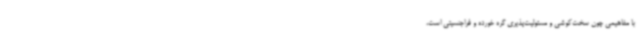
با مفاهیمی چون سخت‌کوشی و مسئولیت‌پذیری گره خورده و فراجنسیتی است،